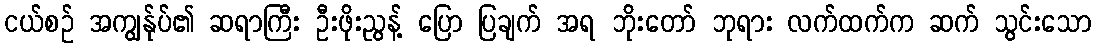
ငယ်စဉ် အကျွန်ုပ်၏ ဆရာကြီး ဦးဖိုးညွန့် ပြော ပြချက် အရ ဘိုးတော် ဘုရား လက်ထက်က ဆက် သွင်းသော